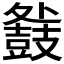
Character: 𮮧